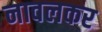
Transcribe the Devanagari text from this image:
नावलकर